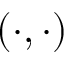
( \cdot , \cdot )